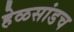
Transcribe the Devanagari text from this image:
हेळसांडच